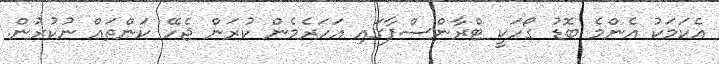
އެކަމަކު އެންމެ ބޮޑު ގޯހަކީ ޓްރާންސްފާގައި އަހަރެމެން ކުރަން ޖެހޭ ކަންތައް ނުކުރުން.